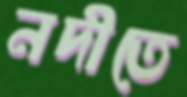
নদীতে